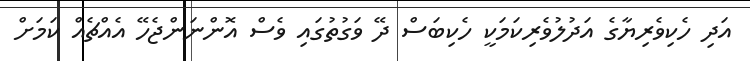
އަދި ހެކިވެރިޔާގެ އަދުލުވެރިކަމަކީ ހެކިބަސް ދޭ ވަގުތުގައި ވެސް އޮންނަންޖެހޭ އެއްޗެއް ކަމަށް